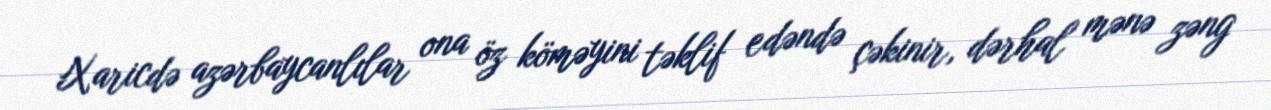
Xaricdə azərbaycanlılar ona öz köməyini təklif edəndə çəkinir, dərhal mənə zəng